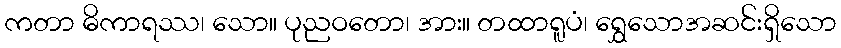
ကတာ ဓိကာရဿ၊ သော။ ပုညဝတော၊ အား။ တထာရူပံ၊ ရွှေသောအဆင်းရှိသော